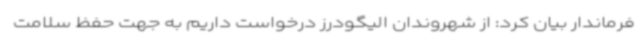
فرماندار بیان کرد: از شهروندان الیگودرز درخواست داریم به جهت حفظ سلامت